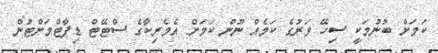
ކަމަށް ބުނުމަކީ ސިހޭ ވަރުގެ ކަމެއް ނޫން ކަމަށް އެމެރިކާގެ ސްޓޭޓް ޑިޕާޓްމަންޓުން